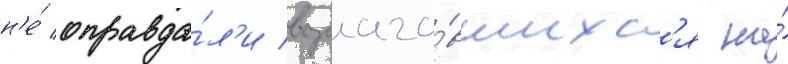
н'е́ оправда́л'и возлага́вшихс'я на́